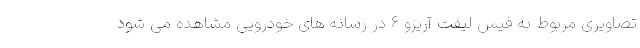
تصاویری مربوط به فیس لیفت آریزو 6 در رسانه های خودرویی مشاهده می شود